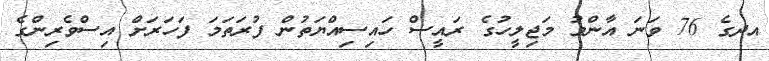
އދގެ 76 ވަނަ އާންމު މަޖިލީހުގެ ރައީސް ހައިސިއްޔަތުން ފުރަތަމަ ފަހަރަށް އިސްވެރިންގެ